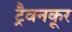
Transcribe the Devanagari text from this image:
ट्रैवनकूर